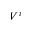
V ^ { i }